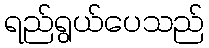
ရည်ရွယ်ပေသည်